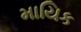
માયિક